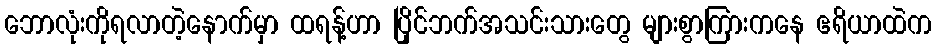
ဘောလုံးကိုရလာတဲ့နောက်မှာ ထရန့်ဟာ ပြိုင်ဘက်အသင်းသားတွေ များစွာကြားကနေ ဧရိယာထဲက